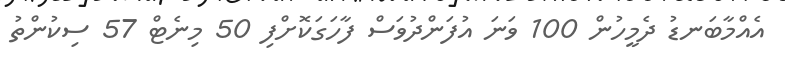
އެއްމާބަނޑު ދެމީހުން 100 ވަނަ އުފަންދުވަސް ފާހަގަކޮށްފި 50 މިނެޓް 57 ސިކުންތު